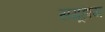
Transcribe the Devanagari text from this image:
समूहाय